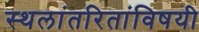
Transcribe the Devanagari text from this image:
स्थलांतरितांविषयी